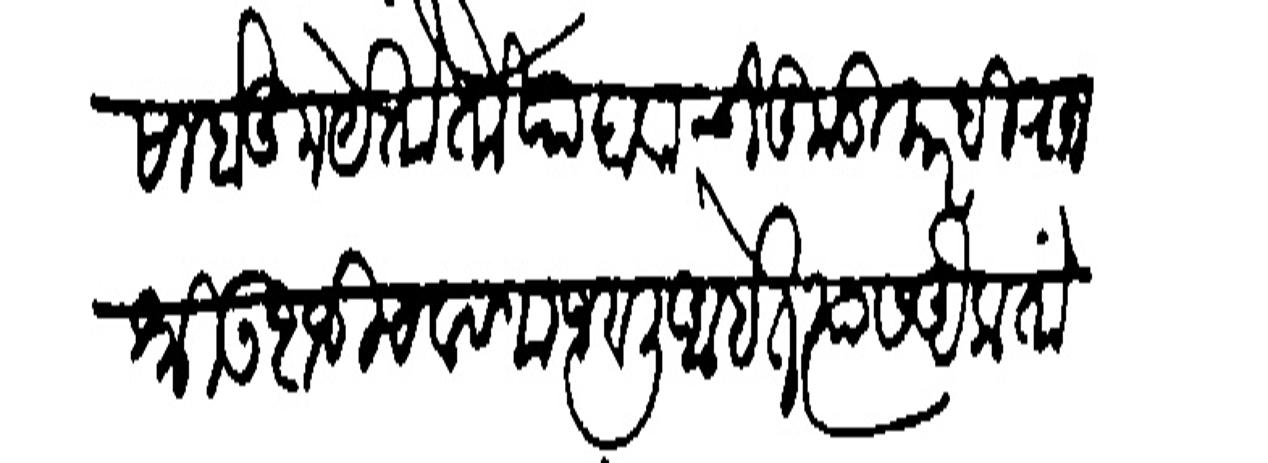
Transliteration (Devanagari): कंसा होऊन येतो तो पाहावा चिकुडीकरही राजश्री उदाजी चवाणाजवली आहेत त्यास ऐकतों